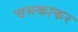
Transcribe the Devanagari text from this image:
चमकाकर